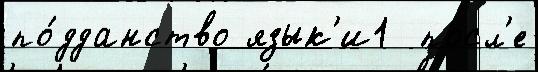
по́дданство язык'и1  посл'е